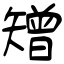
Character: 矰